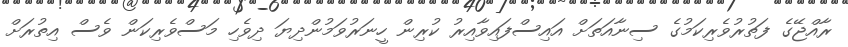
ރާއްޖޭގެ ފަތުރުވެރިކަމުގެ ސިނާއަތަށް އައިސްފައިވާއިރު ކުރިން ހީނަރުވަމުންދިޔަ ދިވެހި މަސްވެރިކަން ވެސް އިތުރަށް